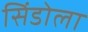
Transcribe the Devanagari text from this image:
सिंडोला